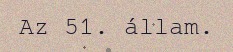
Az 51. állam.